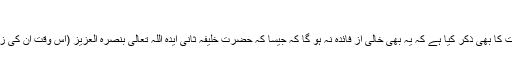
اور علّامہ اِبنُ القَصَّار فرماتے ہیں کہ
حضرت مرزا بشیر احمد صاحبؓ نے اس بات کا بھی ذکر کیا ہے کہ یہ بھی خالی از فائدہ نہ ہو گا کہ جیسا کہ حضرت خلیفہ ثانی ایدہ اللہ تعالیٰ بنصرہ العزیز (اس وقت اُن کی زندگی کی بات کر رہے ہیں) کی روایت ہے۔